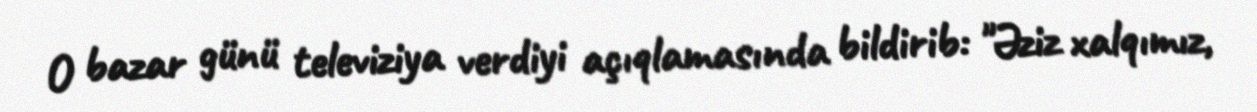
O bazar günü televiziya verdiyi açıqlamasında bildirib: "Əziz xalqımız,